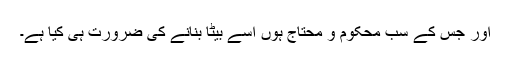
اور جس کے سب محکوم و محتاج ہوں اسے بیٹا بنانے کی ضرورت ہی کیا ہے۔